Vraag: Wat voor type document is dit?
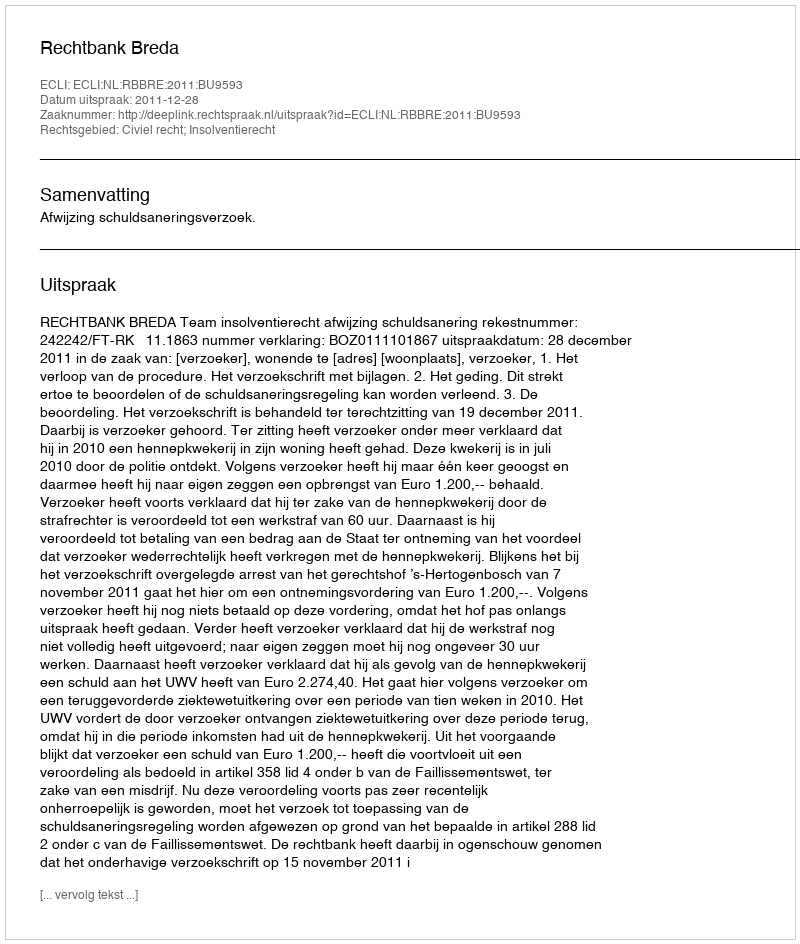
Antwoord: Uitspraak